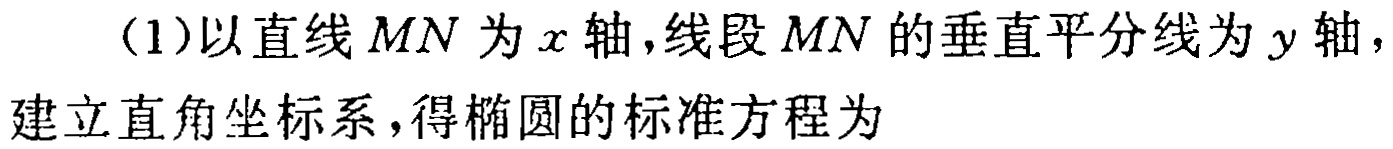
(1)以直线\(MN\)为\(x\)轴，线段\(MN\)的垂直平分线为\(y\)轴，建立直角坐标系，得椭圆的标准方程为